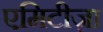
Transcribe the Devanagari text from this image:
एमिटीज़ा